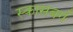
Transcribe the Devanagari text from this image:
स्कासबर्ग